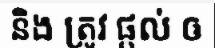
និង ត្រូវ ផ្តល់ ឲ